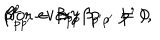
LaTeX: \beta _ { p p ^ { \prime } } ^ { 2 } - \beta _ { p p } \beta _ { p ^ { \prime } p ^ { \prime } } = 0 \hspace { 6 m m } \mathrm { ( f o r ~ e v e r y ~ p ~ , ~ p ^ { \prime } ~ ) } ,